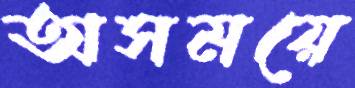
অসময়ে